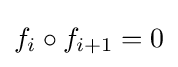
f_{i}\circ f_{i+1}=0